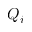
Q _ { i }